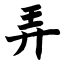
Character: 弄